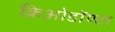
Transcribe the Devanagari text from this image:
क्रिओडॉण्टा